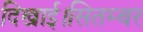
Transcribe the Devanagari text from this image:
दिखाई।सितम्बर